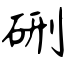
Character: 硎